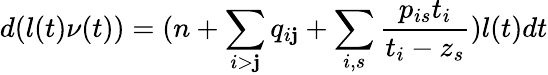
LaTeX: d(l(t)\nu(t))=(n+\sum_{i>\mathbf{j}}q_{i\mathbf{j}}+\sum_{i,s}\frac{{p_{is}t_{i}}}{{t_{i}-z_{s}}})l(t)dt